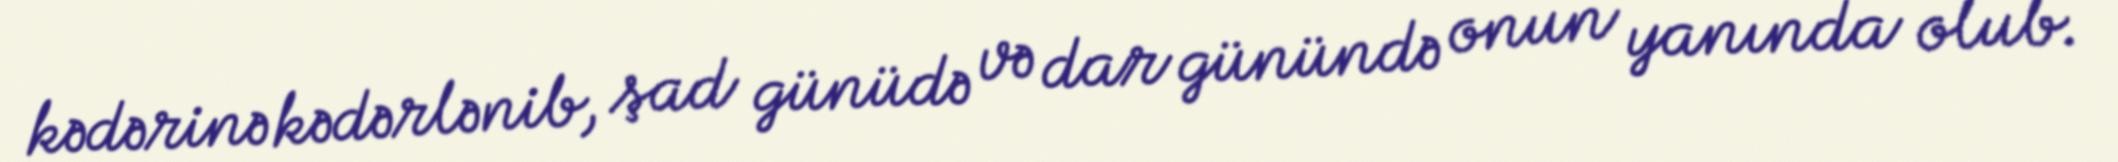
kədərinə kədərlənib, şad günüdə və dar günündə onun yanında olub.